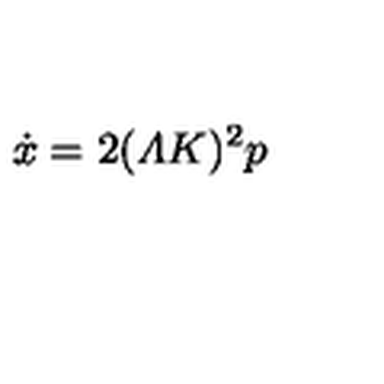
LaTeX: \dot { x } = 2 ( { \mit \Lambda } K ) ^ { 2 } p